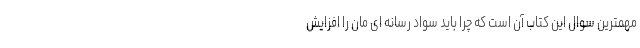
مهمترین سوال این کتاب آن است که چرا باید سواد رسانه ای مان را افزایش